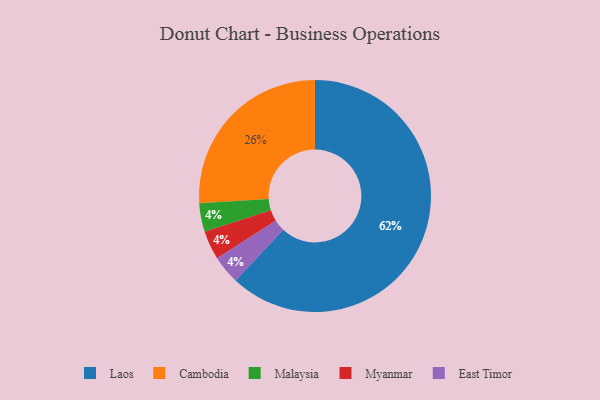
{"axis": {"x": "Category", "y": "Percentage"}, "legend": ["Cambodia", "East Timor", "Laos", "Malaysia", "Myanmar"], "data": [{"x": "Cambodia", "y": 26, "type": "Cambodia"}, {"x": "Malaysia", "y": 4, "type": "Malaysia"}, {"x": "Myanmar", "y": 4, "type": "Myanmar"}, {"x": "East Timor", "y": 4, "type": "East Timor"}, {"x": "Laos", "y": 62, "type": "Laos"}]}